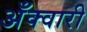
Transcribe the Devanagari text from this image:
अँक्वारी